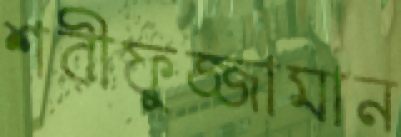
শরীফুজ্জামান